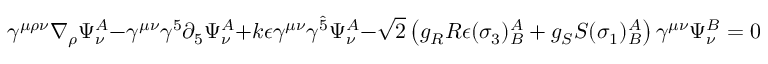
\gamma ^ { \mu \rho \nu } \nabla _ { \rho } \Psi _ { \nu } ^ { A } - \gamma ^ { \mu \nu } \gamma ^ { 5 } \partial _ { 5 } \Psi _ { \nu } ^ { A } + k \epsilon \gamma ^ { \mu \nu } \gamma ^ { \hat { 5 } } \Psi _ { \nu } ^ { A } - \sqrt { 2 } \left( g _ { R } R \epsilon ( \sigma _ { 3 } ) _ { B } ^ { A } + g _ { S } S ( \sigma _ { 1 } ) _ { B } ^ { A } \right) \gamma ^ { \mu \nu } \Psi _ { \nu } ^ { B } = 0 \ ,